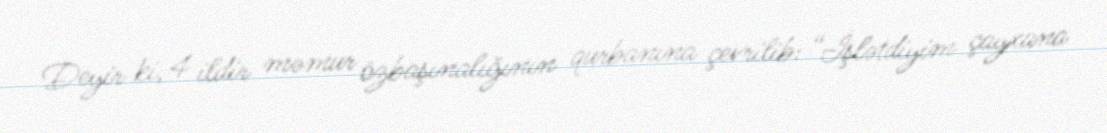
Deyir ki, 4 ildir məmur özbaşınalığının qurbanına çevrilib: “İşlətdiyim çayxana